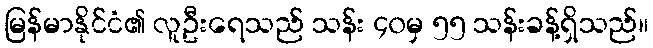
မြန်မာနိုင်ငံ၏ လူဦးရေသည် သန်း ၄၀မှ ၅၅ သန်းခန့်ရှိသည်။